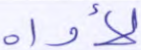
لأواه